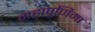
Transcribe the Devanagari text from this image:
महापूर्णिमा